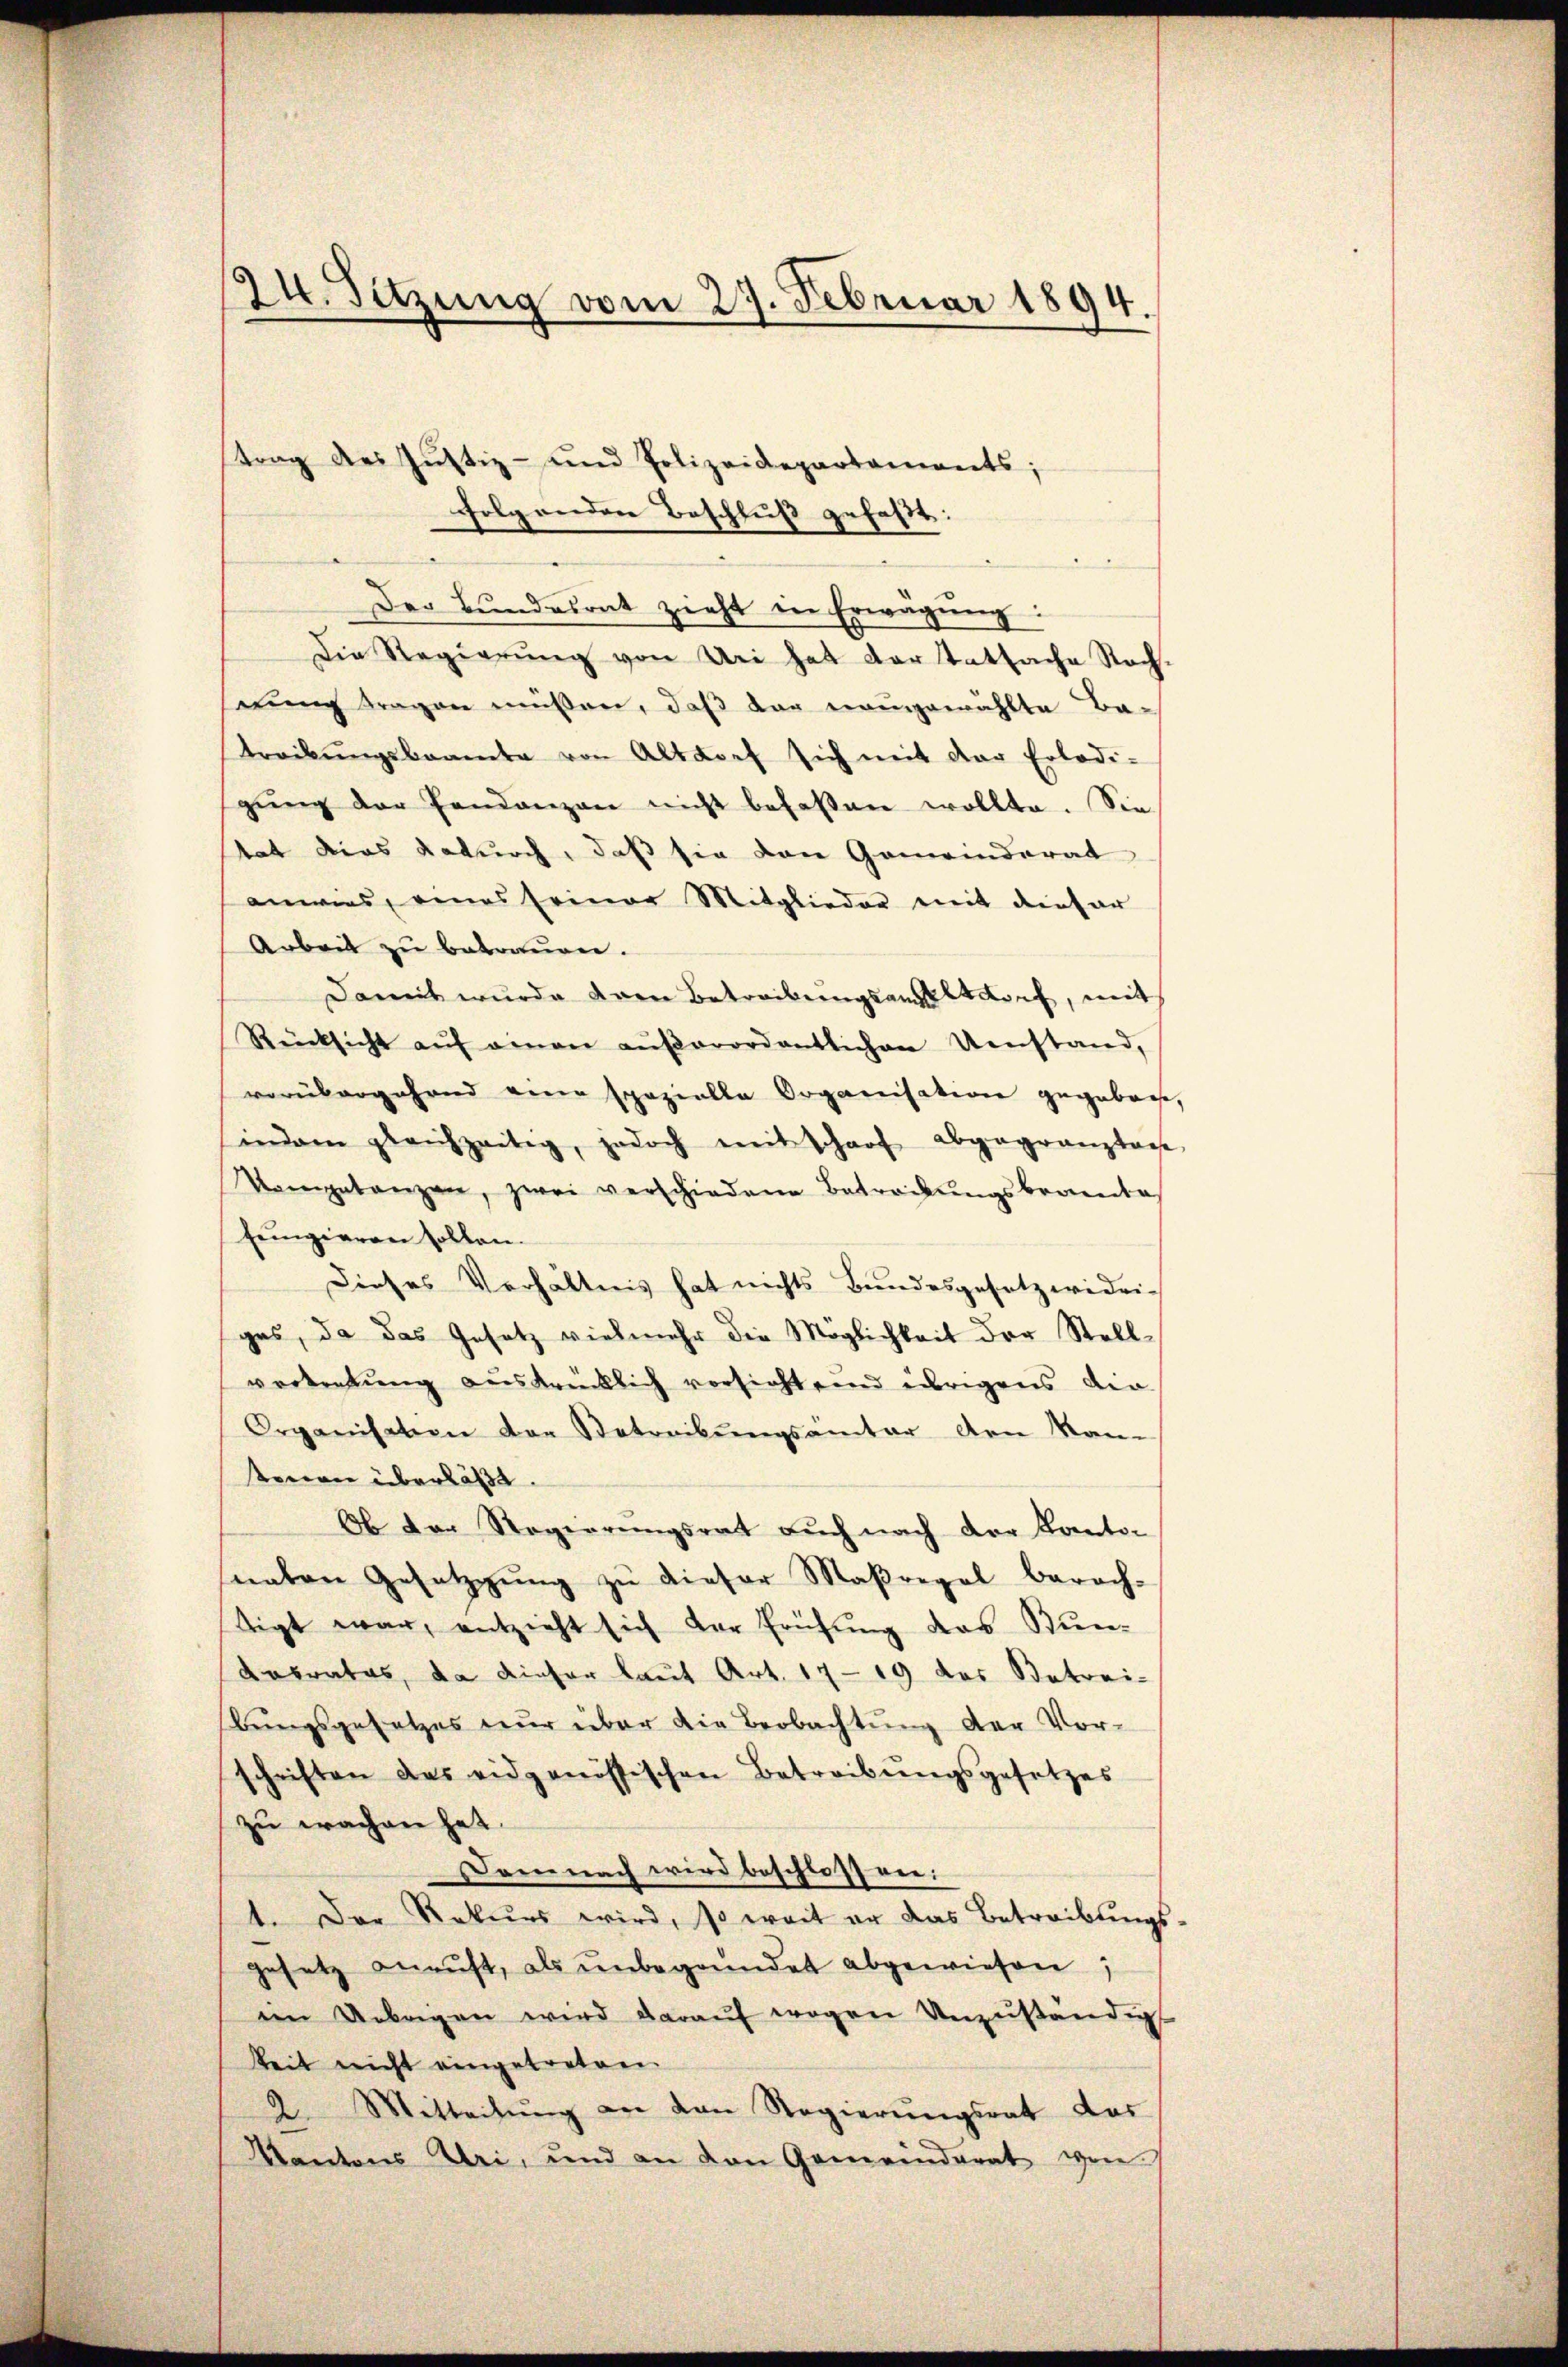
24. Sitzung vom 27. Februar 1894.

strag des Jŭstiz- und Polizeidepartaments;
folgenden Beschluß gefaßt:
Der Bŭndesrat zieht in Erwägŭng:
Die Regierung von Uri hat der tatsache Rechnung tragen müßen, daß der neugewählte Ba-
treibŭngsbeamte von Altdorf sich mit der Erledi-
gŭng der Handenzen nicht befassen wollte. Sie
tat dies dadurch, daß sie den Gemeinderat
anwies, eines seiner Mitglieder mit dieser
Arbeit zu betrauen.
Damit wurde vom Betreibŭngsangeltdorf, mit
Rücksicht auf einen außerordentlichen Umstand,
vorübergährend einer spazielle Organisation gegeben,
indem gleichzeitig, jedoch mit scharf abgegranztage
Kompetanzen, zwei verschiedene Betreibŭngsbrannte
Eengieren sollen.
Dieses Verhältnis hat nichts Bundesgesetzwidri-
ges, da das Gesetz vielmehr die Möglichkeit der Stellvertretung ausdrücklich vorsicht und übrigens die
Organischen von Betreibungsamter den Kan-
tenen überläßt.
Ob der Regierungsrat auch nach der Kanton
naten Gesetzgŭng zu dieser Maßregel berech-
tigt war, entzieht sich der Prüfung des Stun¬
Kabrates, da dieser laut Art. 1719 des Betrei-
bungsgesetzes nur über die Beobachtung der Vor-
schriften das eidgenössischen Betreibungsgesetzes
zu wachen hat.
Demnach wird beschlossen:
1. Der Rekurs wird, so weit er das Betreibŭngs-
gesetz anaŭft, als ŭnbegründet abgewiesen;
im Uebrigen wird daraŭf wegen Unzuständig
keit nicht eingetreten
2. Mitteilŭng an den Regierŭngsrat das
Kantons Uri, und an den Gemeinderat von